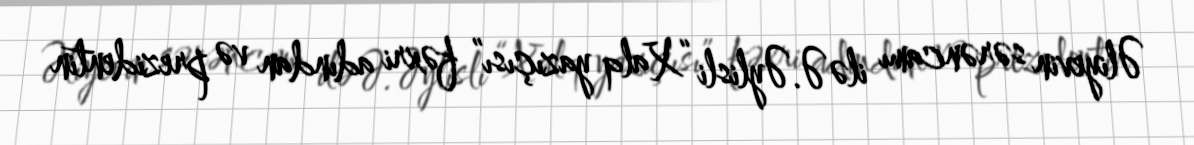
Əliyevin sərəncamı ilə Ə.Əylisli “Xalq yazıçısı” fəxri adından və prezidentin